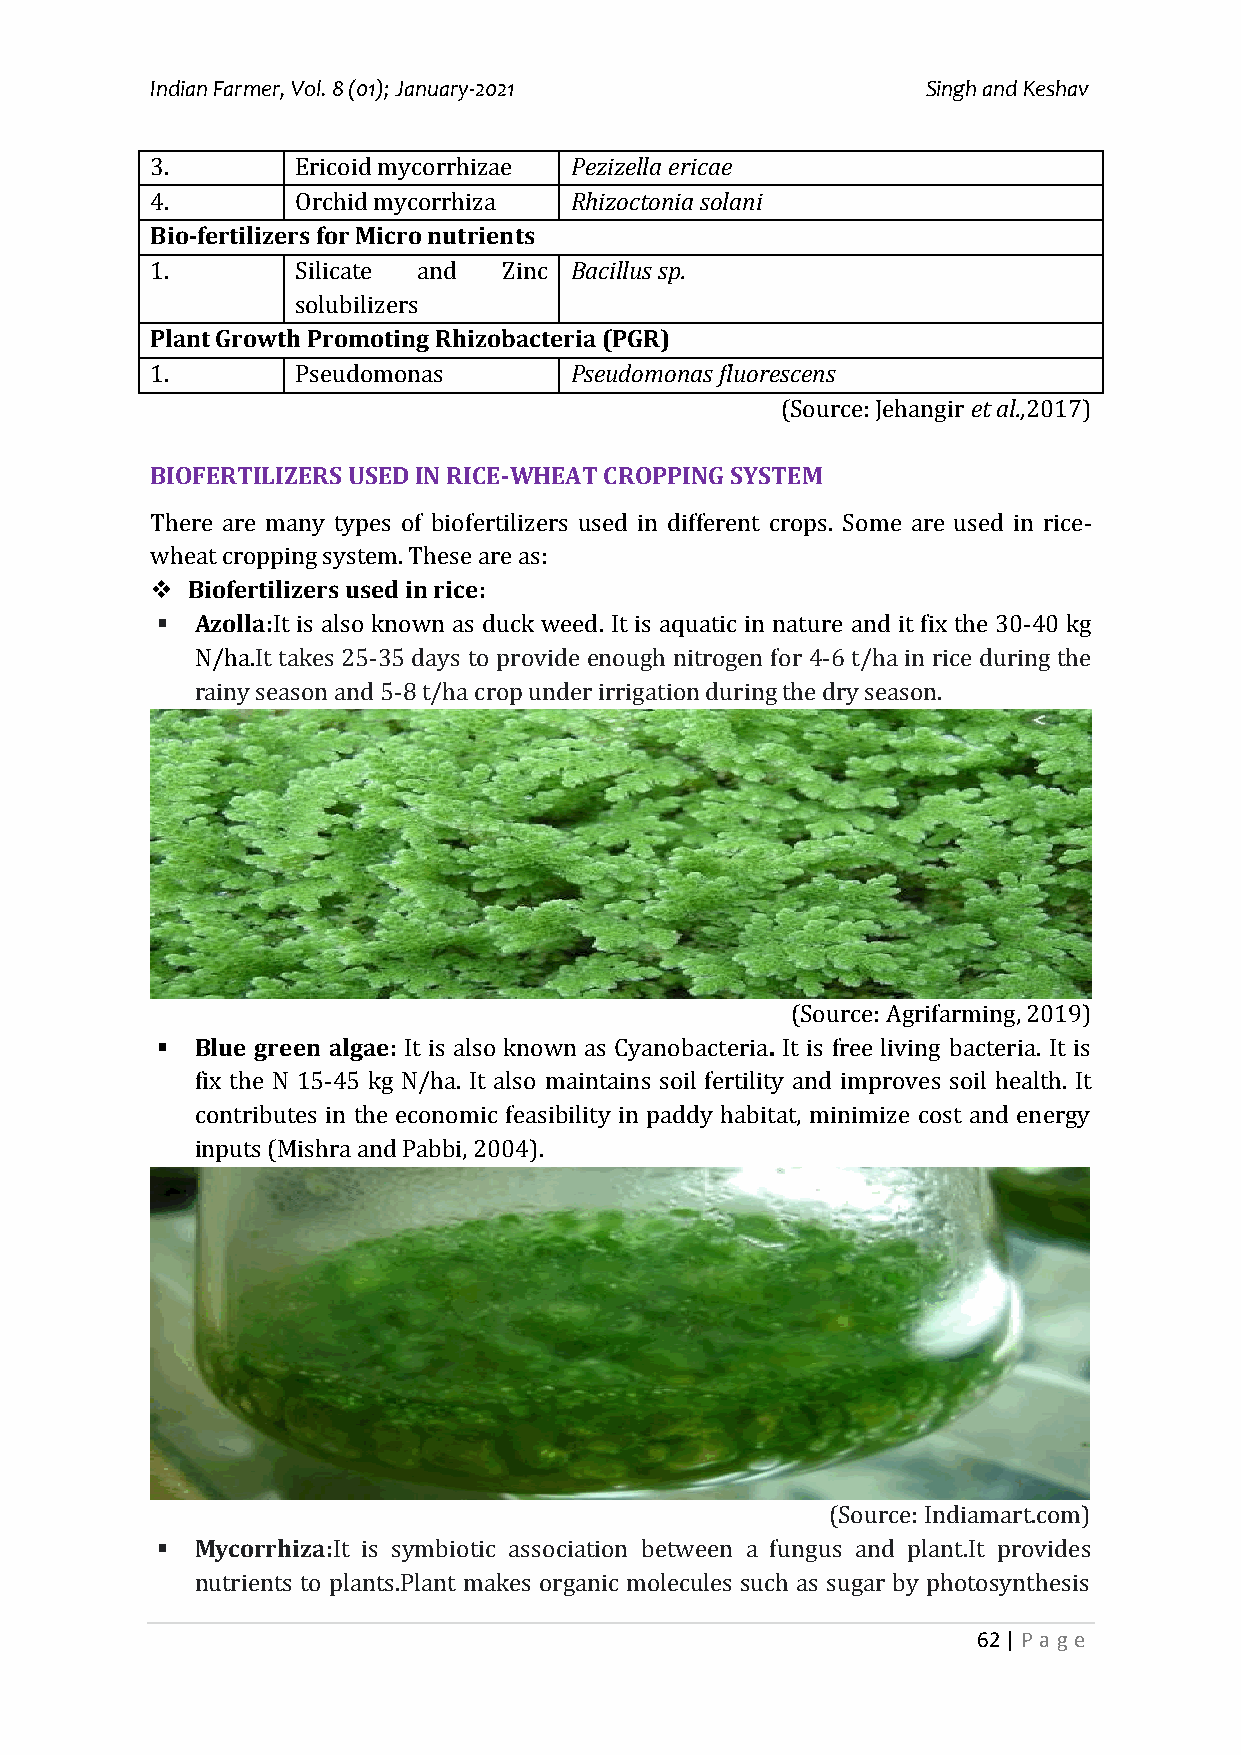
Indian Farmer, Vol. 8 (01); January-2021           Singh and Keshav
 3.        Ericoid mycorrhizae Pezizella ericae
 4.        Orchid mycorrhiza Rhizoctonia solani
 Bio-fertilizers for Micro nutrients
 1.        Silicate and Zinc Bacillus sp.
 solubilizers
 Plant Growth Promoting Rhizobacteria (PGR)
 1.        Pseudomonas       Pseudomonas fluorescens
 (Source: Jehangir et al.,2017)
 BIOFERTILIZERS USED IN RICE-WHEAT CROPPING SYSTEM
 There are many types of biofertilizers used in different crops. Some are used in rice-
 wheat cropping system. These are as:
  Biofertilizers used in rice:
   Azolla:It is also known as duck weed. It is aquatic in nature and it fix the 30-40 kg
 N/ha.It takes 25-35 days to provide enough nitrogen for 4-6 t/ha in rice during the
 rainy season and 5-8 t/ha crop under irrigation during the dry season.
 (Source: Agrifarming, 2019)
   Blue green algae: It is also known as Cyanobacteria. It is free living bacteria. It is
 fix the N 15-45 kg N/ha. It also maintains soil fertility and improves soil health. It
 contributes in the economic feasibility in paddy habitat, minimize cost and energy
 inputs (Mishra and Pabbi, 2004).
 (Source: Indiamart.com)
   Mycorrhiza:It is symbiotic association between a fungus and plant.It provides
 nutrients to plants.Plant makes organic molecules such as sugar by photosynthesis
 62 | P a ge